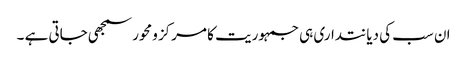
ان سب کی دیانتداری ہی جمہوریت کا مرکز ومحور سمجھی جاتی ہے ۔